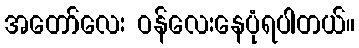
အတော်လေး ဝန်လေးနေပုံရပါတယ်။